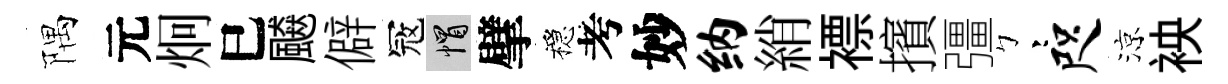
隅元炯巳飇僻冦帽擘穩考妙纳綃褾擯彊彎咫涼䘧